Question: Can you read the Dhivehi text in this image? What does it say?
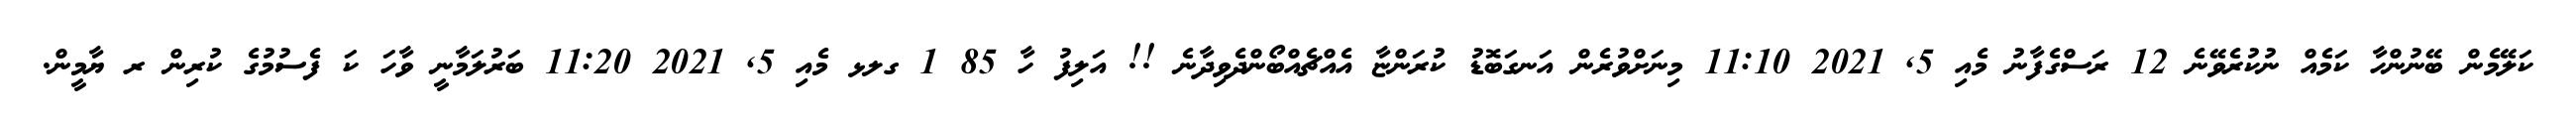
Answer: ކަލޭމެން ބޭނުންހާ ކަމެއް ނުކުރެވޭނެ 12 ރަސްގެފާނު މެއި 5, 2021 11:10 މިނަށްވުރެން އަނގަބޮޑު ކުރަންޏާ އެއްޗެއްބޯންދެވިދާނެ !! އަލިފު ހާ 85 1 ގލޅ މެއި 5, 2021 11:20 ބަރުލަމާނީ ވާހަ ކަ ފެސުމުގެ ކުރިން ރ ޔާމީން.